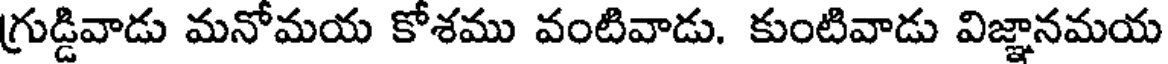
గ్రుడ్డివాడు మనోమయ కోశము వంటివాడు. కుంటివాడు విజ్ఞానమయ